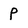
Character: p